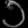
Digit: ၁